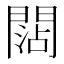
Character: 𨵍